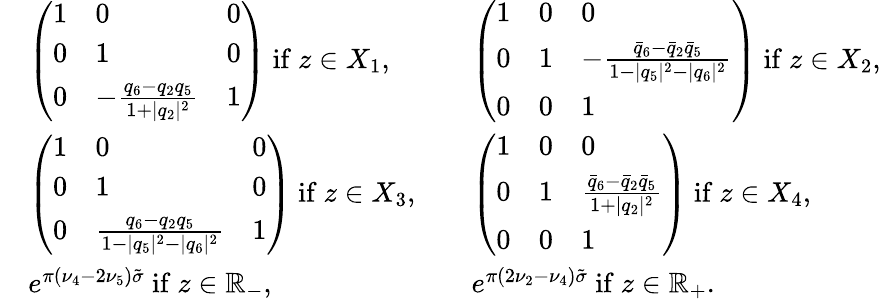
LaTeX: \begin{array}{rlrl}&{\left(\begin{array}{lll}{1}&{0}&{0}\\ {0}&{1}&{0}\\ {0}&{-\frac{q_{6}-q_{2}q_{5}}{1+|q_{2}|^{2}}}&{1}\end{array}\right)\mathrm{~if~}z\in X_{1},}&&{\left(\begin{array}{lll}{1}&{0}&{0}\\ {0}&{1}&{-\frac{\bar{q}_{6}-\bar{q}_{2}\bar{q}_{5}}{1-|q_{5}|^{2}-|q_{6}|^{2}}}\\ {0}&{0}&{1}\end{array}\right)\mathrm{~if~}z\in X_{2},}\\ &{\left(\begin{array}{lll}{1}&{0}&{0}\\ {0}&{1}&{0}\\ {0}&{\frac{q_{6}-q_{2}q_{5}}{1-|q_{5}|^{2}-|q_{6}|^{2}}}&{1}\end{array}\right)\mathrm{~if~}z\in X_{3},}&&{\left(\begin{array}{lll}{1}&{0}&{0}\\ {0}&{1}&{\frac{\bar{q}_{6}-\bar{q}_{2}\bar{q}_{5}}{1+|q_{2}|^{2}}}\\ {0}&{0}&{1}\end{array}\right)\mathrm{~if~}z\in X_{4},}\\ &{e^{\pi(\nu_{4}-2\nu_{5})\tilde{\sigma}}\mathrm{~if~}z\in{\mathbb R}_{-},}&&{e^{\pi(2\nu_{2}-\nu_{4})\tilde{\sigma}}\mathrm{~if~}z\in{\mathbb R}_{+}.}\end{array}